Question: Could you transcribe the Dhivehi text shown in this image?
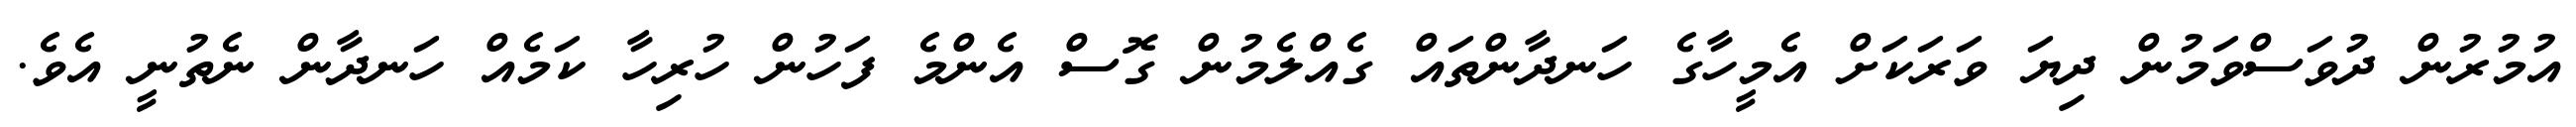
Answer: އުމުރުން ދުވަސްވަމުން ދިޔަ ވަރަކަށް އެމީހާގެ ހަނދާންތައް ގެއްލެމުން ގޮސް އެންމެ ފަހުން ހުރިހާ ކަމެއް ހަނދާން ނެތުނީ އެވެ.